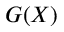
G ( X )